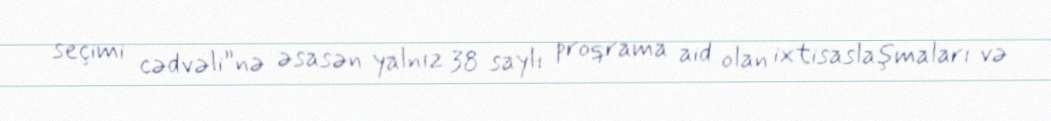
seçimi cədvəli”nə əsasən yalnız 38 saylı proqrama aid olan ixtisaslaşmaları və